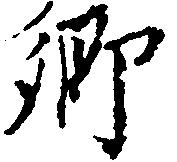
郷